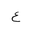
Letter: _ayn